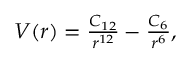
\begin{array} { r } { V ( r ) = \frac { C _ { 1 2 } } { r ^ { 1 2 } } - \frac { C _ { 6 } } { r ^ { 6 } } , } \end{array}